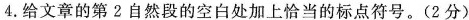
4.给文章的第2自然段的空白处加上恰当的标点符号。(2分)